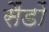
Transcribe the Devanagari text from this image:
सैंडों